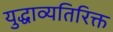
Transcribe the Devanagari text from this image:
युद्धाव्यतिरिक्त